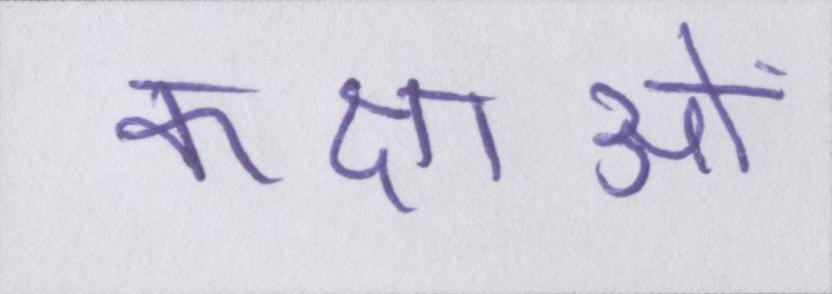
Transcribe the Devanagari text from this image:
कक्षाओं